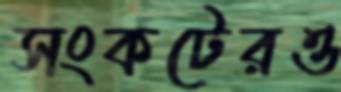
সংকটেরও